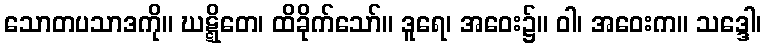
သောတပသာဒကို။ ဃဋ္ဋိတေ၊ ထိခိုက်သော်။ ဒူရေ၊ အဝေး၌။ ဝါ၊ အဝေးက။ သဒ္ဒေါ၊